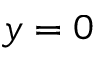
y = 0